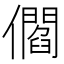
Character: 𠐩